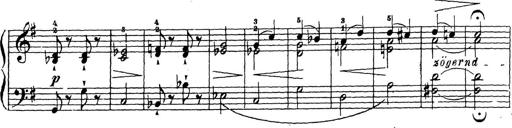
Title: 10 Sonatinas
Composer: Fritz Spindler